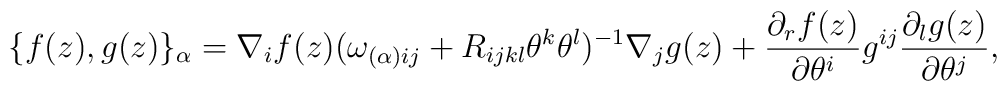
\{f(z) , g(z)\}_{\alpha}= \nabla_{i}f(z)(\omega_{(\alpha ) ij}+ R_{ijkl}\theta^{k}\theta^{l})^{-1}\nabla_{j}g(z) +\frac{\partial_{r}f(z)}{\partial \theta^i}g^{ij}\frac{\partial_{l}g(z)}{\partial \theta^j},